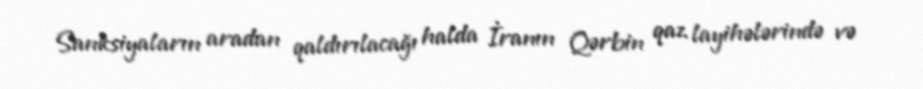
Sanksiyaların aradan qaldırılacağı halda İranın Qərbin qaz layihələrində və